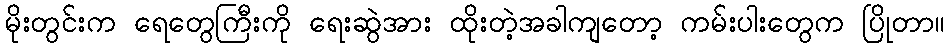
မိုးတွင်းက ရေတွေကြီးကို ရေးဆွဲအား ထိုးတဲ့အခါကျတော့ ကမ်းပါးတွေက ပြိုတာ။